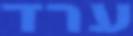
ערד